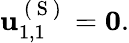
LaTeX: \begin{array}{r}{\mathbf{u}_{1,1}^{\mathrm{~(~S~)~}}=\mathbf{0}.}\end{array}